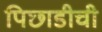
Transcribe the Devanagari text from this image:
पिछाडीची